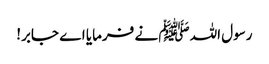
رسول اللہﷺ نے فرمایا اے جابر!